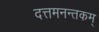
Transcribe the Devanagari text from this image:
दत्तमनन्तकम्